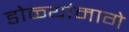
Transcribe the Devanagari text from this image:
डोळ्यांमागे